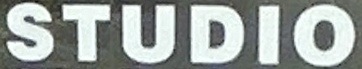
STUDIO